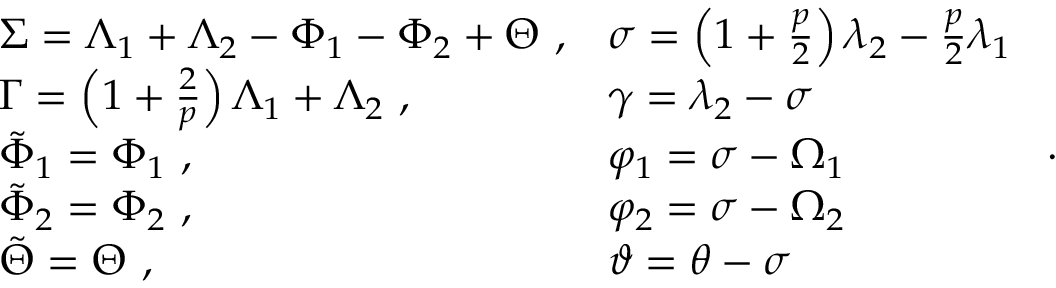
\begin{array} { l l } { \Sigma = \Lambda _ { 1 } + \Lambda _ { 2 } - \Phi _ { 1 } - \Phi _ { 2 } + \Theta \ , } & { \sigma = \left( 1 + \frac { p } { 2 } \right) \lambda _ { 2 } - \frac { p } { 2 } \lambda _ { 1 } } \\ { \Gamma = \left( 1 + \frac { 2 } { p } \right) \Lambda _ { 1 } + \Lambda _ { 2 } \ , } & { \gamma = \lambda _ { 2 } - \sigma } \\ { \tilde { \Phi } _ { 1 } = \Phi _ { 1 } \ , } & { \varphi _ { 1 } = \sigma - \Omega _ { 1 } } \\ { \tilde { \Phi } _ { 2 } = \Phi _ { 2 } \ , } & { \varphi _ { 2 } = \sigma - \Omega _ { 2 } } \\ { \tilde { \Theta } = \Theta \ , } & { \vartheta = \theta - \sigma } \end{array} \ .